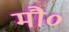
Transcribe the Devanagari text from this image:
मौ०